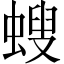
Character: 螋